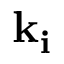
\mathbf { k } _ { \mathbf { i } }